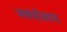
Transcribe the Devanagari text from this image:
भक्तपरिवारात